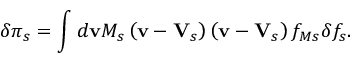
\delta \pi _ { s } = \int d \mathbf { v } M _ { s } \left( \mathbf { v } - \mathbf { V } _ { s } \right) \left( \mathbf { v } - \mathbf { V } _ { s } \right) f _ { M s } \delta f _ { s } .